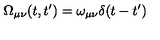
\Omega _ { \mu \nu } ( t , t ^ { \prime } ) = \omega _ { \mu \nu } \delta ( t - t ^ { \prime } )